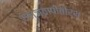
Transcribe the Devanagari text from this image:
यज्ञवापीतीर्थ